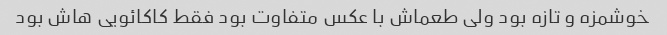
خوشمزه و تازه بود ولی طعماش با عکس متفاوت بود فقط کاکائویی هاش بود